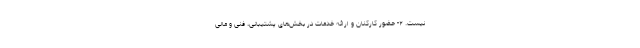
نیست. ۲- حضور کارکنان و ارائه خدمات در بخش‌های پشتیبانی، فنی و مالی